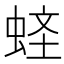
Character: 𧋧